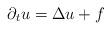
LaTeX: \begin{align*}\partial_t u=\Delta u+ f\end{align*}